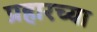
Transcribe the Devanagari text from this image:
प्रहारच्या